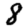
Digit: 8